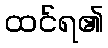
ထင်ရ၏